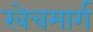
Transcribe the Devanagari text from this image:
खेचमार्ग